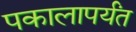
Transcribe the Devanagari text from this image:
पकालापर्यंत